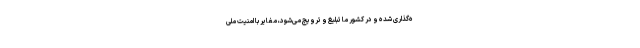
ه‌گذاری شده و در کشور ما تبلیغ و ترویج می‌شود، مغایر با امنیت ملی